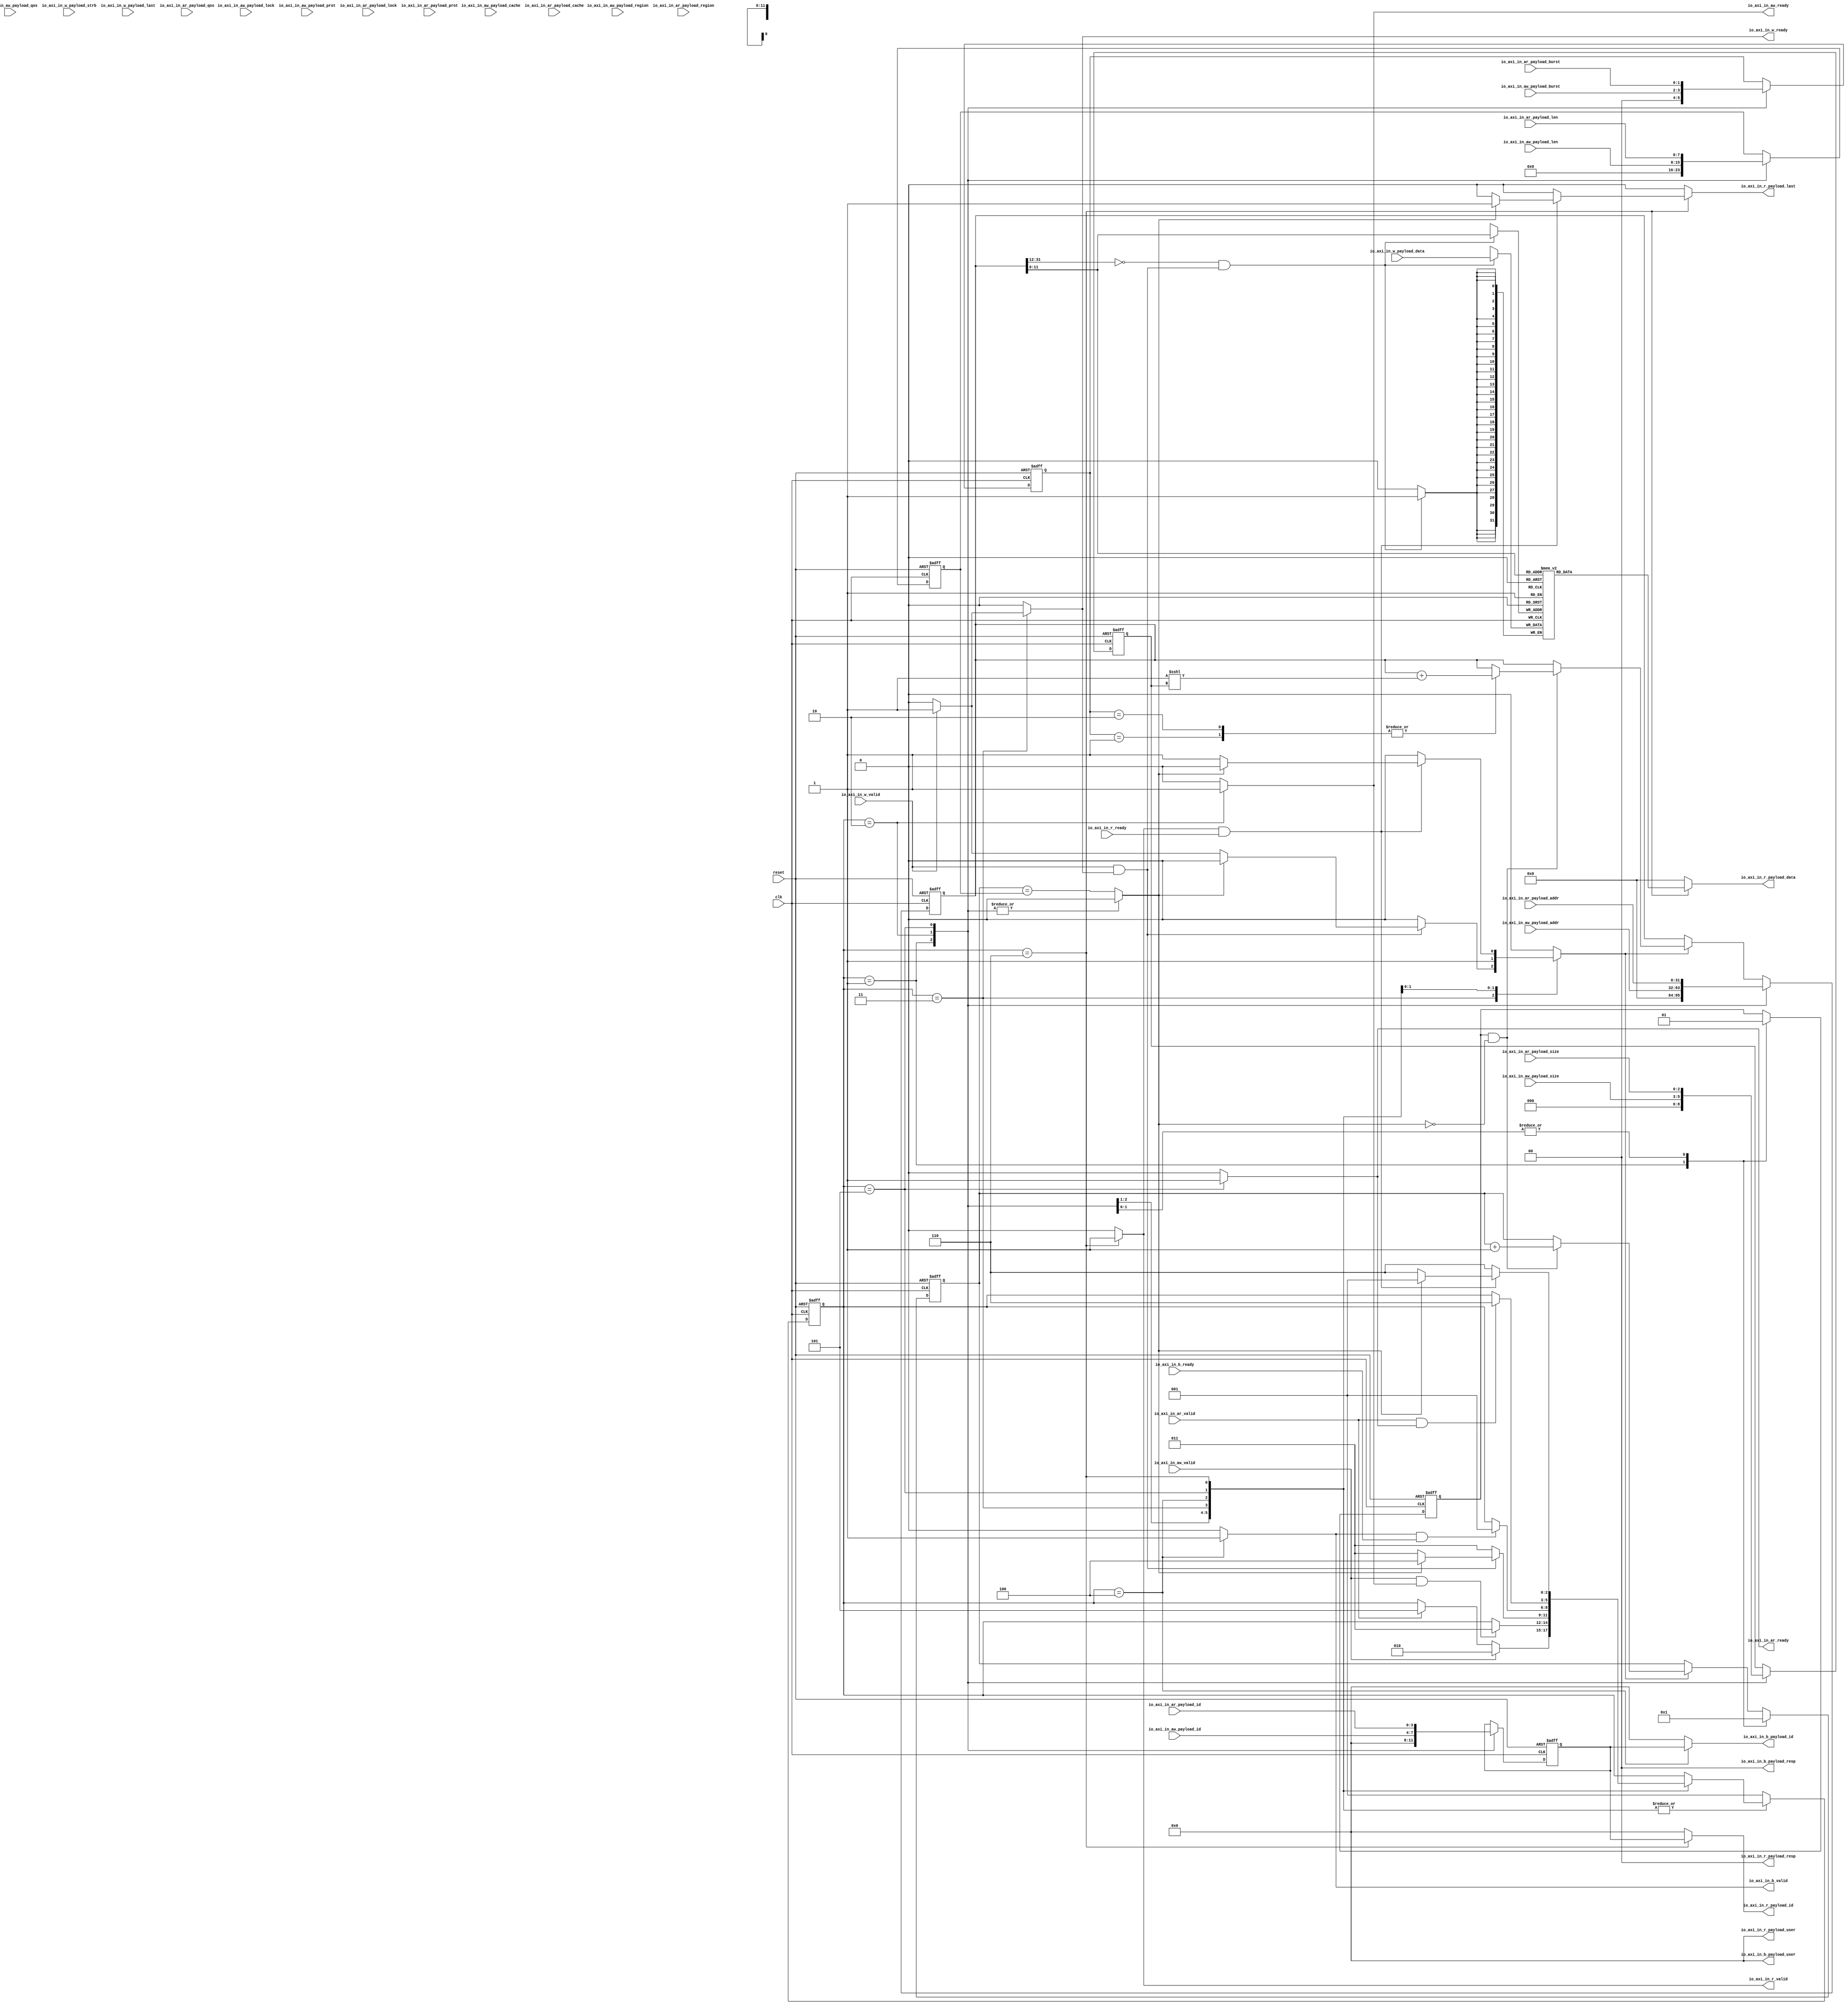
// Generator : SpinalHDL v1.7.0a    git head : 150a9b9067020722818dfb17df4a23ac712a7af8
// Component : axi_slave
// Git hash  : f59628aec417af6d409b3dceb1a2990394518af2

`timescale 1ns/1ps

module axi_slave (
  input               io_axi_in_aw_valid,
  output reg          io_axi_in_aw_ready,
  input      [31:0]   io_axi_in_aw_payload_addr,
  input      [3:0]    io_axi_in_aw_payload_id,
  input      [3:0]    io_axi_in_aw_payload_region,
  input      [7:0]    io_axi_in_aw_payload_len,
  input      [2:0]    io_axi_in_aw_payload_size,
  input      [1:0]    io_axi_in_aw_payload_burst,
  input      [0:0]    io_axi_in_aw_payload_lock,
  input      [3:0]    io_axi_in_aw_payload_cache,
  input      [3:0]    io_axi_in_aw_payload_qos,
  input      [2:0]    io_axi_in_aw_payload_prot,
  input               io_axi_in_w_valid,
  output reg          io_axi_in_w_ready,
  input      [31:0]   io_axi_in_w_payload_data,
  input      [3:0]    io_axi_in_w_payload_strb,
  input               io_axi_in_w_payload_last,
  output reg          io_axi_in_b_valid,
  input               io_axi_in_b_ready,
  output reg [3:0]    io_axi_in_b_payload_id,
  output reg [1:0]    io_axi_in_b_payload_resp,
  output reg [3:0]    io_axi_in_b_payload_user,
  input               io_axi_in_ar_valid,
  output reg          io_axi_in_ar_ready,
  input      [31:0]   io_axi_in_ar_payload_addr,
  input      [3:0]    io_axi_in_ar_payload_id,
  input      [3:0]    io_axi_in_ar_payload_region,
  input      [7:0]    io_axi_in_ar_payload_len,
  input      [2:0]    io_axi_in_ar_payload_size,
  input      [1:0]    io_axi_in_ar_payload_burst,
  input      [0:0]    io_axi_in_ar_payload_lock,
  input      [3:0]    io_axi_in_ar_payload_cache,
  input      [3:0]    io_axi_in_ar_payload_qos,
  input      [2:0]    io_axi_in_ar_payload_prot,
  output reg          io_axi_in_r_valid,
  input               io_axi_in_r_ready,
  output reg [31:0]   io_axi_in_r_payload_data,
  output reg [3:0]    io_axi_in_r_payload_id,
  output reg [1:0]    io_axi_in_r_payload_resp,
  output reg          io_axi_in_r_payload_last,
  output reg [3:0]    io_axi_in_r_payload_user,
  input               clk,
  input               reset
);
  localparam fsm_enumDef_BOOT = 3'd0;
  localparam fsm_enumDef_IDLE = 3'd1;
  localparam fsm_enumDef_W_ADDR = 3'd2;
  localparam fsm_enumDef_W_DATA = 3'd3;
  localparam fsm_enumDef_W_RSP = 3'd4;
  localparam fsm_enumDef_R_ADDR = 3'd5;
  localparam fsm_enumDef_R_DATA = 3'd6;

  wire       [31:0]   _zz_mem1_port1;
  wire       [31:0]   _zz_axiCfgReg_AxADDR;
  wire       [7:0]    _zz_axiCfgReg_AxADDR_1;
  wire       [31:0]   _zz_axiCfgReg_AxADDR_2;
  wire       [7:0]    _zz_axiCfgReg_AxADDR_3;
  wire       [7:0]    _zz_axiCfgReg_full;
  wire       [11:0]   _zz_mem1_port;
  wire                _zz_mem1_port_1;
  wire       [11:0]   _zz_mem2_port;
  wire                _zz_mem2_port_1;
  wire       [3:0]    user;
  reg        [3:0]    axiCfgReg_AxID;
  reg        [31:0]   axiCfgReg_AxADDR;
  reg        [7:0]    axiCfgReg_AxLEN;
  reg        [2:0]    axiCfgReg_AxSIZE;
  reg        [1:0]    axiCfgReg_AxBURST;
  reg        [3:0]    axiCfgReg_counter;
  reg                 axiCfgReg_begin;
  reg                 axiCfgReg_in_burst_trans;
  reg                 axiCfgReg_full;
  wire                when_axi_slave_l64;
  wire                fsm_wantExit;
  reg                 fsm_wantStart;
  wire                fsm_wantKill;
  reg        [2:0]    fsm_stateReg;
  reg        [2:0]    fsm_stateNext;
  wire                io_axi_in_aw_fire;
  wire                io_axi_in_w_fire;
  wire                io_axi_in_w_fire_1;
  wire                io_axi_in_w_fire_2;
  wire                io_axi_in_b_fire;
  wire                io_axi_in_ar_fire;
  wire       [11:0]   _zz_io_axi_in_r_payload_data;
  wire                io_axi_in_r_fire;
  `ifndef SYNTHESIS
  reg [47:0] fsm_stateReg_string;
  reg [47:0] fsm_stateNext_string;
  `endif

  (* ram_style = "distributed" *) reg [31:0] mem1 [0:4095];
  reg [31:0] mem2 [0:4095];

  assign _zz_axiCfgReg_AxADDR_1 = ({7'd0,1'b1} <<< axiCfgReg_AxSIZE);
  assign _zz_axiCfgReg_AxADDR = {24'd0, _zz_axiCfgReg_AxADDR_1};
  assign _zz_axiCfgReg_AxADDR_3 = ({7'd0,1'b1} <<< axiCfgReg_AxSIZE);
  assign _zz_axiCfgReg_AxADDR_2 = {24'd0, _zz_axiCfgReg_AxADDR_3};
  assign _zz_axiCfgReg_full = {4'd0, axiCfgReg_counter};
  assign _zz_mem1_port = axiCfgReg_AxADDR[11 : 0];
  assign _zz_mem1_port_1 = ((axiCfgReg_AxADDR[31 : 12] == 20'h0) && io_axi_in_w_fire);
  assign _zz_mem2_port = axiCfgReg_AxADDR[11 : 0];
  assign _zz_mem2_port_1 = ((axiCfgReg_AxADDR[31 : 12] == 20'h00001) && io_axi_in_w_fire_1);
  always @(posedge clk) begin
    if(_zz_mem1_port_1) begin
      mem1[_zz_mem1_port] <= io_axi_in_w_payload_data;
    end
  end

  assign _zz_mem1_port1 = mem1[_zz_io_axi_in_r_payload_data];
  always @(posedge clk) begin
    if(_zz_mem2_port_1) begin
      mem2[_zz_mem2_port] <= io_axi_in_w_payload_data;
    end
  end

  `ifndef SYNTHESIS
  always @(*) begin
    case(fsm_stateReg)
      fsm_enumDef_BOOT : fsm_stateReg_string = "BOOT  ";
      fsm_enumDef_IDLE : fsm_stateReg_string = "IDLE  ";
      fsm_enumDef_W_ADDR : fsm_stateReg_string = "W_ADDR";
      fsm_enumDef_W_DATA : fsm_stateReg_string = "W_DATA";
      fsm_enumDef_W_RSP : fsm_stateReg_string = "W_RSP ";
      fsm_enumDef_R_ADDR : fsm_stateReg_string = "R_ADDR";
      fsm_enumDef_R_DATA : fsm_stateReg_string = "R_DATA";
      default : fsm_stateReg_string = "??????";
    endcase
  end
  always @(*) begin
    case(fsm_stateNext)
      fsm_enumDef_BOOT : fsm_stateNext_string = "BOOT  ";
      fsm_enumDef_IDLE : fsm_stateNext_string = "IDLE  ";
      fsm_enumDef_W_ADDR : fsm_stateNext_string = "W_ADDR";
      fsm_enumDef_W_DATA : fsm_stateNext_string = "W_DATA";
      fsm_enumDef_W_RSP : fsm_stateNext_string = "W_RSP ";
      fsm_enumDef_R_ADDR : fsm_stateNext_string = "R_ADDR";
      fsm_enumDef_R_DATA : fsm_stateNext_string = "R_DATA";
      default : fsm_stateNext_string = "??????";
    endcase
  end
  `endif

  assign user = 4'b0000;
  always @(*) begin
    axiCfgReg_in_burst_trans = 1'b0;
    case(fsm_stateReg)
      fsm_enumDef_IDLE : begin
        axiCfgReg_in_burst_trans = 1'b0;
      end
      fsm_enumDef_W_ADDR : begin
        axiCfgReg_in_burst_trans = 1'b0;
      end
      fsm_enumDef_W_DATA : begin
        if(io_axi_in_w_valid) begin
          axiCfgReg_in_burst_trans = 1'b1;
        end
        if(io_axi_in_w_fire_2) begin
          if(axiCfgReg_full) begin
            axiCfgReg_in_burst_trans = 1'b0;
          end
        end else begin
          axiCfgReg_in_burst_trans = 1'b0;
        end
      end
      fsm_enumDef_W_RSP : begin
      end
      fsm_enumDef_R_ADDR : begin
        axiCfgReg_in_burst_trans = 1'b1;
      end
      fsm_enumDef_R_DATA : begin
        if(io_axi_in_r_fire) begin
          if(axiCfgReg_full) begin
            axiCfgReg_in_burst_trans = 1'b0;
          end else begin
            axiCfgReg_in_burst_trans = 1'b1;
          end
        end else begin
          axiCfgReg_in_burst_trans = 1'b0;
        end
      end
      default : begin
      end
    endcase
  end

  assign when_axi_slave_l64 = (axiCfgReg_begin && (! axiCfgReg_full));
  always @(*) begin
    axiCfgReg_full = (_zz_axiCfgReg_full == axiCfgReg_AxLEN);
    case(fsm_stateReg)
      fsm_enumDef_IDLE : begin
        axiCfgReg_full = 1'b0;
      end
      fsm_enumDef_W_ADDR : begin
        axiCfgReg_full = 1'b0;
      end
      fsm_enumDef_W_DATA : begin
      end
      fsm_enumDef_W_RSP : begin
      end
      fsm_enumDef_R_ADDR : begin
        axiCfgReg_full = 1'b0;
      end
      fsm_enumDef_R_DATA : begin
      end
      default : begin
      end
    endcase
  end

  always @(*) begin
    io_axi_in_aw_ready = 1'b0;
    case(fsm_stateReg)
      fsm_enumDef_IDLE : begin
      end
      fsm_enumDef_W_ADDR : begin
        io_axi_in_aw_ready = 1'b1;
      end
      fsm_enumDef_W_DATA : begin
        io_axi_in_aw_ready = 1'b0;
      end
      fsm_enumDef_W_RSP : begin
      end
      fsm_enumDef_R_ADDR : begin
      end
      fsm_enumDef_R_DATA : begin
      end
      default : begin
      end
    endcase
  end

  always @(*) begin
    io_axi_in_w_ready = 1'b0;
    case(fsm_stateReg)
      fsm_enumDef_IDLE : begin
      end
      fsm_enumDef_W_ADDR : begin
      end
      fsm_enumDef_W_DATA : begin
        io_axi_in_w_ready = 1'b0;
        if(io_axi_in_w_valid) begin
          io_axi_in_w_ready = 1'b1;
        end
      end
      fsm_enumDef_W_RSP : begin
        io_axi_in_w_ready = 1'b0;
      end
      fsm_enumDef_R_ADDR : begin
      end
      fsm_enumDef_R_DATA : begin
      end
      default : begin
      end
    endcase
  end

  always @(*) begin
    io_axi_in_b_valid = 1'b0;
    case(fsm_stateReg)
      fsm_enumDef_IDLE : begin
        io_axi_in_b_valid = 1'b0;
      end
      fsm_enumDef_W_ADDR : begin
      end
      fsm_enumDef_W_DATA : begin
      end
      fsm_enumDef_W_RSP : begin
        io_axi_in_b_valid = 1'b1;
      end
      fsm_enumDef_R_ADDR : begin
      end
      fsm_enumDef_R_DATA : begin
      end
      default : begin
      end
    endcase
  end

  always @(*) begin
    io_axi_in_b_payload_id = 4'b0000;
    case(fsm_stateReg)
      fsm_enumDef_IDLE : begin
      end
      fsm_enumDef_W_ADDR : begin
      end
      fsm_enumDef_W_DATA : begin
      end
      fsm_enumDef_W_RSP : begin
        io_axi_in_b_payload_id = axiCfgReg_AxID;
      end
      fsm_enumDef_R_ADDR : begin
      end
      fsm_enumDef_R_DATA : begin
      end
      default : begin
      end
    endcase
  end

  always @(*) begin
    io_axi_in_b_payload_resp = 2'b00;
    case(fsm_stateReg)
      fsm_enumDef_IDLE : begin
      end
      fsm_enumDef_W_ADDR : begin
      end
      fsm_enumDef_W_DATA : begin
      end
      fsm_enumDef_W_RSP : begin
        io_axi_in_b_payload_resp = 2'b00;
      end
      fsm_enumDef_R_ADDR : begin
      end
      fsm_enumDef_R_DATA : begin
      end
      default : begin
      end
    endcase
  end

  always @(*) begin
    io_axi_in_b_payload_user = user;
    case(fsm_stateReg)
      fsm_enumDef_IDLE : begin
      end
      fsm_enumDef_W_ADDR : begin
      end
      fsm_enumDef_W_DATA : begin
      end
      fsm_enumDef_W_RSP : begin
        io_axi_in_b_payload_user = user;
      end
      fsm_enumDef_R_ADDR : begin
      end
      fsm_enumDef_R_DATA : begin
      end
      default : begin
      end
    endcase
  end

  always @(*) begin
    io_axi_in_ar_ready = 1'b0;
    case(fsm_stateReg)
      fsm_enumDef_IDLE : begin
      end
      fsm_enumDef_W_ADDR : begin
      end
      fsm_enumDef_W_DATA : begin
      end
      fsm_enumDef_W_RSP : begin
      end
      fsm_enumDef_R_ADDR : begin
        io_axi_in_ar_ready = 1'b1;
      end
      fsm_enumDef_R_DATA : begin
        io_axi_in_ar_ready = 1'b0;
      end
      default : begin
      end
    endcase
  end

  always @(*) begin
    io_axi_in_r_valid = 1'b0;
    case(fsm_stateReg)
      fsm_enumDef_IDLE : begin
        io_axi_in_r_valid = 1'b0;
      end
      fsm_enumDef_W_ADDR : begin
      end
      fsm_enumDef_W_DATA : begin
      end
      fsm_enumDef_W_RSP : begin
      end
      fsm_enumDef_R_ADDR : begin
      end
      fsm_enumDef_R_DATA : begin
        io_axi_in_r_valid = 1'b1;
      end
      default : begin
      end
    endcase
  end

  always @(*) begin
    io_axi_in_r_payload_data = 32'h0;
    case(fsm_stateReg)
      fsm_enumDef_IDLE : begin
      end
      fsm_enumDef_W_ADDR : begin
      end
      fsm_enumDef_W_DATA : begin
      end
      fsm_enumDef_W_RSP : begin
      end
      fsm_enumDef_R_ADDR : begin
      end
      fsm_enumDef_R_DATA : begin
        io_axi_in_r_payload_data = _zz_mem1_port1;
      end
      default : begin
      end
    endcase
  end

  always @(*) begin
    io_axi_in_r_payload_id = 4'b0000;
    case(fsm_stateReg)
      fsm_enumDef_IDLE : begin
      end
      fsm_enumDef_W_ADDR : begin
      end
      fsm_enumDef_W_DATA : begin
      end
      fsm_enumDef_W_RSP : begin
      end
      fsm_enumDef_R_ADDR : begin
      end
      fsm_enumDef_R_DATA : begin
        io_axi_in_r_payload_id = axiCfgReg_AxID;
      end
      default : begin
      end
    endcase
  end

  always @(*) begin
    io_axi_in_r_payload_resp = 2'b00;
    case(fsm_stateReg)
      fsm_enumDef_IDLE : begin
      end
      fsm_enumDef_W_ADDR : begin
      end
      fsm_enumDef_W_DATA : begin
      end
      fsm_enumDef_W_RSP : begin
      end
      fsm_enumDef_R_ADDR : begin
      end
      fsm_enumDef_R_DATA : begin
        io_axi_in_r_payload_resp = 2'b00;
      end
      default : begin
      end
    endcase
  end

  always @(*) begin
    io_axi_in_r_payload_last = 1'b0;
    case(fsm_stateReg)
      fsm_enumDef_IDLE : begin
        io_axi_in_r_payload_last = 1'b0;
      end
      fsm_enumDef_W_ADDR : begin
      end
      fsm_enumDef_W_DATA : begin
      end
      fsm_enumDef_W_RSP : begin
      end
      fsm_enumDef_R_ADDR : begin
      end
      fsm_enumDef_R_DATA : begin
        if(io_axi_in_r_fire) begin
          if(axiCfgReg_full) begin
            io_axi_in_r_payload_last = 1'b1;
          end else begin
            io_axi_in_r_payload_last = 1'b0;
          end
        end
      end
      default : begin
      end
    endcase
  end

  always @(*) begin
    io_axi_in_r_payload_user = user;
    case(fsm_stateReg)
      fsm_enumDef_IDLE : begin
      end
      fsm_enumDef_W_ADDR : begin
      end
      fsm_enumDef_W_DATA : begin
      end
      fsm_enumDef_W_RSP : begin
      end
      fsm_enumDef_R_ADDR : begin
      end
      fsm_enumDef_R_DATA : begin
        io_axi_in_r_payload_user = user;
      end
      default : begin
      end
    endcase
  end

  assign fsm_wantExit = 1'b0;
  always @(*) begin
    fsm_wantStart = 1'b0;
    case(fsm_stateReg)
      fsm_enumDef_IDLE : begin
      end
      fsm_enumDef_W_ADDR : begin
      end
      fsm_enumDef_W_DATA : begin
      end
      fsm_enumDef_W_RSP : begin
      end
      fsm_enumDef_R_ADDR : begin
      end
      fsm_enumDef_R_DATA : begin
      end
      default : begin
        fsm_wantStart = 1'b1;
      end
    endcase
  end

  assign fsm_wantKill = 1'b0;
  always @(*) begin
    fsm_stateNext = fsm_stateReg;
    case(fsm_stateReg)
      fsm_enumDef_IDLE : begin
        if(io_axi_in_aw_valid) begin
          fsm_stateNext = fsm_enumDef_W_ADDR;
        end else begin
          if(io_axi_in_ar_valid) begin
            fsm_stateNext = fsm_enumDef_R_ADDR;
          end
        end
      end
      fsm_enumDef_W_ADDR : begin
        if(io_axi_in_aw_fire) begin
          fsm_stateNext = fsm_enumDef_W_DATA;
        end
      end
      fsm_enumDef_W_DATA : begin
        if(io_axi_in_w_fire_2) begin
          if(axiCfgReg_full) begin
            fsm_stateNext = fsm_enumDef_W_RSP;
          end else begin
            fsm_stateNext = fsm_enumDef_W_DATA;
          end
        end else begin
          fsm_stateNext = fsm_enumDef_W_DATA;
        end
      end
      fsm_enumDef_W_RSP : begin
        if(io_axi_in_b_fire) begin
          fsm_stateNext = fsm_enumDef_IDLE;
        end
      end
      fsm_enumDef_R_ADDR : begin
        if(io_axi_in_ar_fire) begin
          fsm_stateNext = fsm_enumDef_R_DATA;
        end
      end
      fsm_enumDef_R_DATA : begin
        if(io_axi_in_r_fire) begin
          if(axiCfgReg_full) begin
            fsm_stateNext = fsm_enumDef_IDLE;
          end else begin
            fsm_stateNext = fsm_enumDef_R_DATA;
          end
        end else begin
          fsm_stateNext = fsm_enumDef_R_DATA;
        end
      end
      default : begin
      end
    endcase
    if(fsm_wantStart) begin
      fsm_stateNext = fsm_enumDef_IDLE;
    end
    if(fsm_wantKill) begin
      fsm_stateNext = fsm_enumDef_BOOT;
    end
  end

  assign io_axi_in_aw_fire = (io_axi_in_aw_valid && io_axi_in_aw_ready);
  assign io_axi_in_w_fire = (io_axi_in_w_valid && io_axi_in_w_ready);
  assign io_axi_in_w_fire_1 = (io_axi_in_w_valid && io_axi_in_w_ready);
  assign io_axi_in_w_fire_2 = (io_axi_in_w_valid && io_axi_in_w_ready);
  assign io_axi_in_b_fire = (io_axi_in_b_valid && io_axi_in_b_ready);
  assign io_axi_in_ar_fire = (io_axi_in_ar_valid && io_axi_in_ar_ready);
  assign _zz_io_axi_in_r_payload_data = axiCfgReg_AxADDR[11 : 0];
  assign io_axi_in_r_fire = (io_axi_in_r_valid && io_axi_in_r_ready);
  always @(posedge clk or posedge reset) begin
    if(reset) begin
      axiCfgReg_AxID <= 4'b0000;
      axiCfgReg_AxADDR <= 32'h0;
      axiCfgReg_AxLEN <= 8'h0;
      axiCfgReg_AxSIZE <= 3'b000;
      axiCfgReg_AxBURST <= 2'b00;
      axiCfgReg_counter <= 4'b0000;
      axiCfgReg_begin <= 1'b0;
      fsm_stateReg <= fsm_enumDef_BOOT;
    end else begin
      if(axiCfgReg_in_burst_trans) begin
        if(when_axi_slave_l64) begin
          case(axiCfgReg_AxBURST)
            2'b00 : begin
              axiCfgReg_AxADDR <= axiCfgReg_AxADDR;
            end
            2'b01 : begin
              axiCfgReg_AxADDR <= (axiCfgReg_AxADDR + _zz_axiCfgReg_AxADDR);
            end
            2'b10 : begin
              axiCfgReg_AxADDR <= (axiCfgReg_AxADDR + _zz_axiCfgReg_AxADDR_2);
            end
            default : begin
            end
          endcase
          axiCfgReg_counter <= (axiCfgReg_counter + 4'b0001);
        end
      end
      fsm_stateReg <= fsm_stateNext;
      case(fsm_stateReg)
        fsm_enumDef_IDLE : begin
          axiCfgReg_AxID <= 4'b0000;
          axiCfgReg_AxADDR <= 32'h0;
          axiCfgReg_AxLEN <= 8'h0;
          axiCfgReg_AxSIZE <= 3'b000;
          axiCfgReg_AxBURST <= 2'b00;
          axiCfgReg_counter <= 4'b0000;
          axiCfgReg_begin <= 1'b0;
        end
        fsm_enumDef_W_ADDR : begin
          axiCfgReg_AxID <= io_axi_in_aw_payload_id;
          axiCfgReg_AxADDR <= io_axi_in_aw_payload_addr;
          axiCfgReg_AxLEN <= io_axi_in_aw_payload_len;
          axiCfgReg_AxSIZE <= io_axi_in_aw_payload_size;
          axiCfgReg_AxBURST <= io_axi_in_aw_payload_burst;
          axiCfgReg_counter <= 4'b0001;
          axiCfgReg_begin <= 1'b1;
        end
        fsm_enumDef_W_DATA : begin
        end
        fsm_enumDef_W_RSP : begin
        end
        fsm_enumDef_R_ADDR : begin
          axiCfgReg_AxID <= io_axi_in_ar_payload_id;
          axiCfgReg_AxADDR <= io_axi_in_ar_payload_addr;
          axiCfgReg_AxLEN <= io_axi_in_ar_payload_len;
          axiCfgReg_AxSIZE <= io_axi_in_ar_payload_size;
          axiCfgReg_AxBURST <= io_axi_in_ar_payload_burst;
          axiCfgReg_counter <= 4'b0001;
          axiCfgReg_begin <= 1'b1;
        end
        fsm_enumDef_R_DATA : begin
        end
        default : begin
        end
      endcase
    end
  end
initial begin
$dumpfile("axi_slave_test.vcd");
$dumpvars(0,axi_slave);
end

endmodule